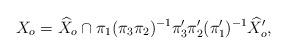
LaTeX: \begin{align*}X_o = \widehat X_o \cap \pi_1 (\pi_3 \pi_2)^{-1} \pi'_3\pi'_2 (\pi'_1)^{-1} \widehat X'_o,\end{align*}